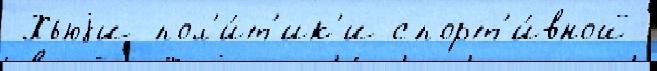
 Хьюjи пол'и́т'ик'и спорт'и́вной